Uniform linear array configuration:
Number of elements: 48
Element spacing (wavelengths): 0.25
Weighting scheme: binomial
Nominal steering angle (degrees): -45
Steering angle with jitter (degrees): -46.06
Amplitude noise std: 0.05
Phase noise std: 0.05

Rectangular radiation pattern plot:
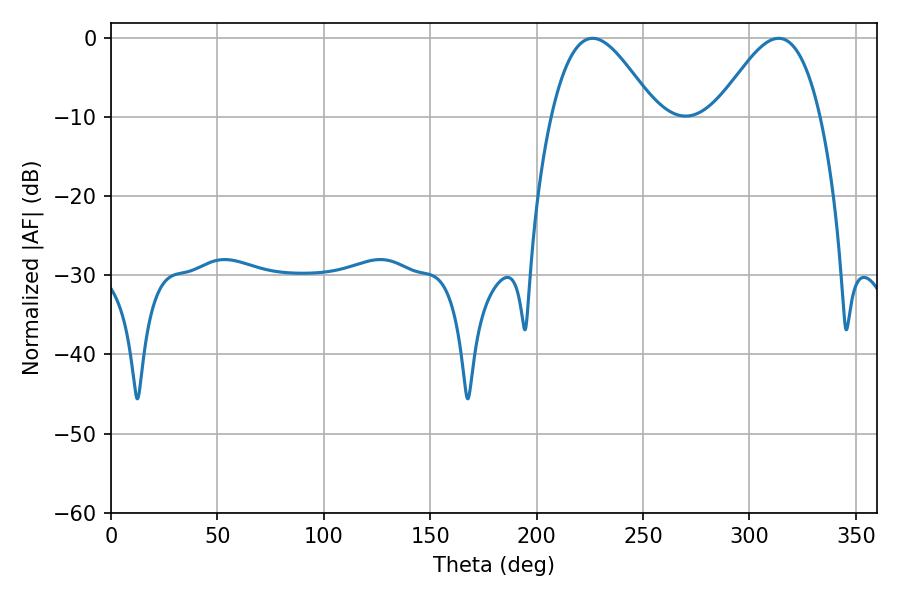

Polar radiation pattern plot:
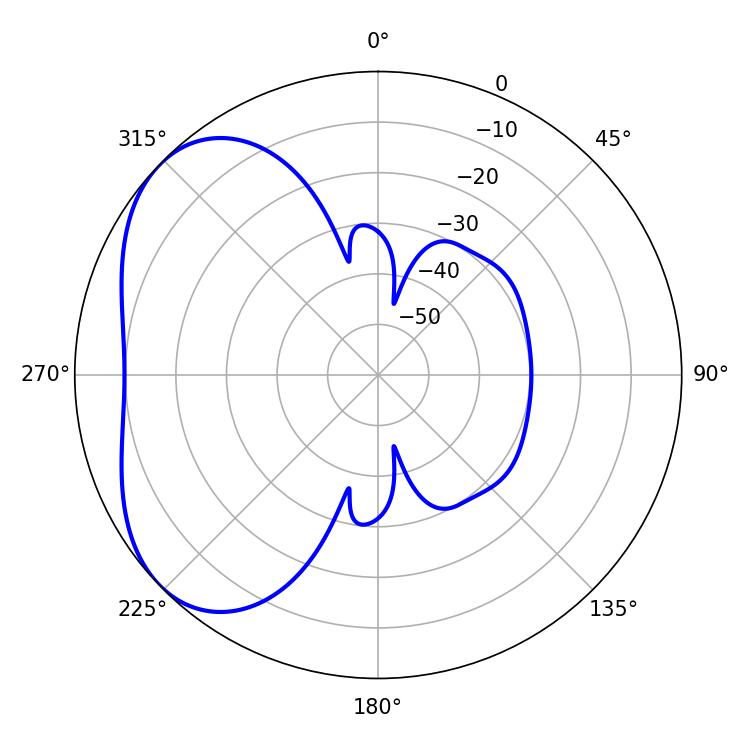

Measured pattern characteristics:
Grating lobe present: FALSE
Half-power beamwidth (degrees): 26.28
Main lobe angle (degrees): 226.26